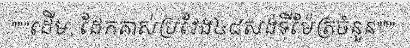
"""ដើម, ដែកគាស់ប្រវែង៤៨សង់ទីម៉ែត្រចំនួន"""